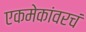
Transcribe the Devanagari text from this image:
एकमेकांवरचं